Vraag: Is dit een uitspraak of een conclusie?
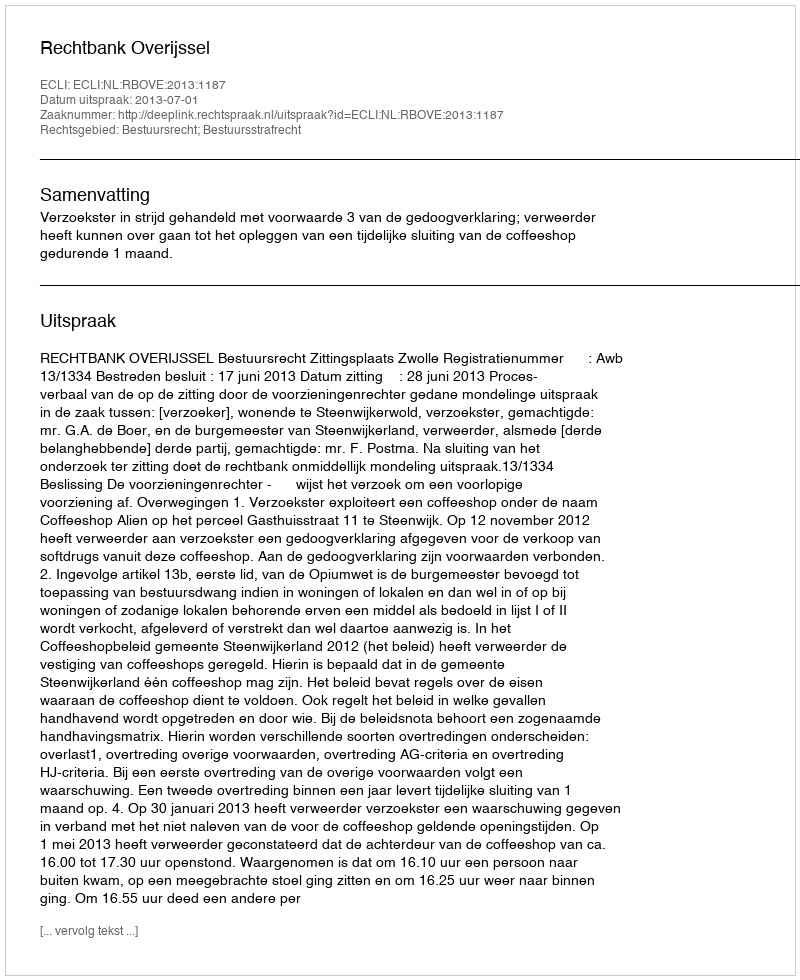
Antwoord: Uitspraak